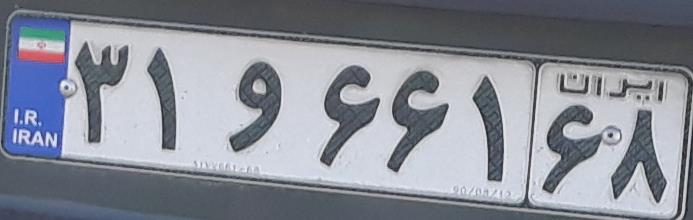
۳۱و۶۶۱۶۸